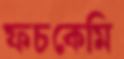
ফচকেমি